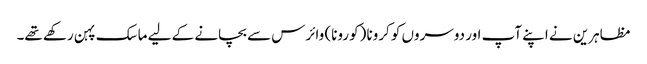
مظاہرین نے اپنے آپ اور دوسروں کو کرونا (کورونا) وائرس سے بچانے کے لیے ماسک پہن رکھے تھے۔